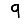
Digit: 9